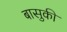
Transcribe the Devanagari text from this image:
बासुकी